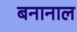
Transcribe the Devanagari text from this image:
बनानाल